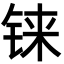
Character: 铼